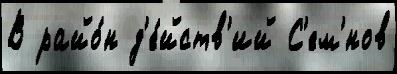
В райо́н д'е́йств'ий С'ем'́нов